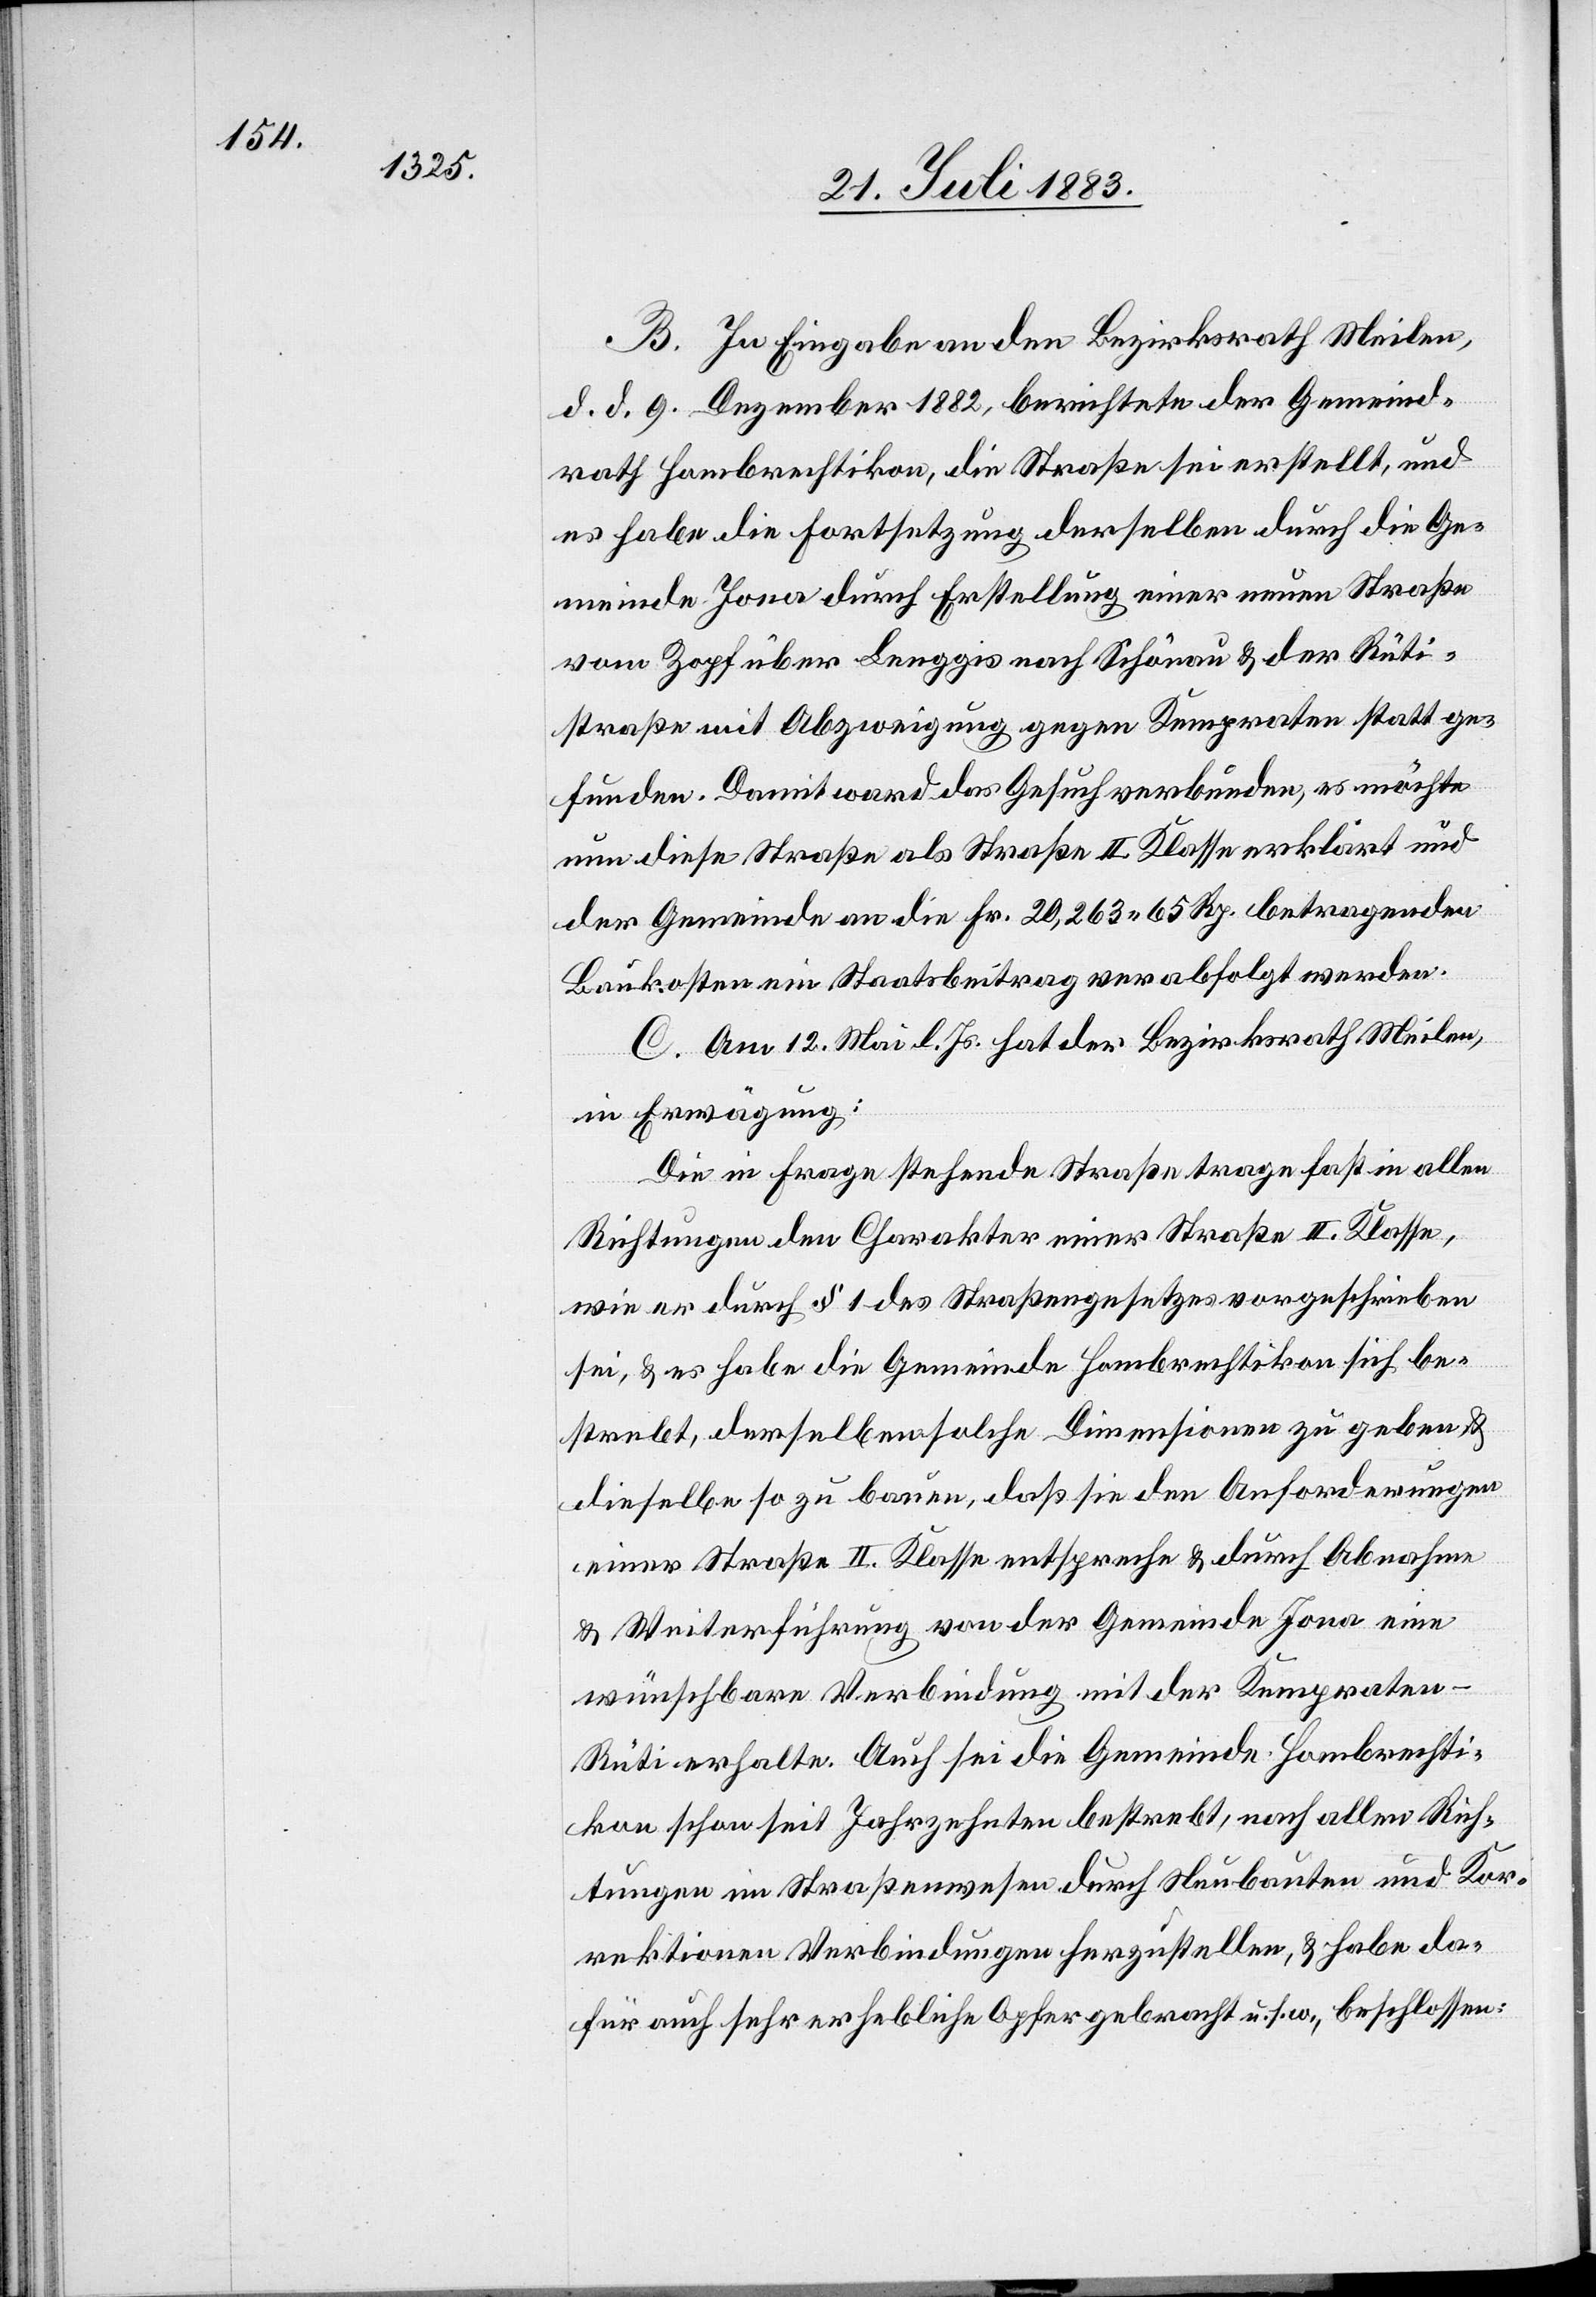
B. In Eingabe an den Bezirksrath Meilen,
d. d. 9. Dezember 1882, berichtete der Gemeind¬
rath Hombrechtikon, die Straße sei erstellt, und
es habe die Fortsetzung derselben durch die Ge¬
meinde Jona durch Erstellung einer neuen Straße
vom Zopf über Lenggis nach Schönau & der Rüti¬
straße mit Abzweigung gegen Kempraten statt ge¬
funden. Damit ward das Gesuch verbunden, es möchte
nun diese Straße als Straße II. Klasse erklärt und
der Gemeinde an die Fr. 20,263 65 Rp. betragenden
Baukosten ein Staatsbeitrag verabfolgt werden.
C. Am 12. Mai l. Js. hat der Bezirksrath Meilen,
in Erwägung:
Die in Frage stehende Straße trage fast in allen
Richtungen den Charakter einer Straße II. Klasse,
wie er durch § 1 des Straßengesetzes vorgeschrieben
sei, & es habe die Gemeinde Hombrechtikon sich be¬
strebt, derselben solche Dimensionen zu geben &
dieselbe so zu bauen, daß sie den Anforderungen
einer Straße II. Klasse entspreche & durch Abnahme
& Weiterführung von der Gemeinde Jona eine
wünschbare Verbindung mit der Kempraten–Rüti
erhalte. Auch sei die Gemeinde Hombrechti¬
kon schon seit Jahrzehnten bestrebt, nach allen Rich¬
tungen im Straßenwesen durch Neubauten und Kor¬
rektionen Verbindungen herzustellen, & habe da¬
für auch sehr erhebliche Opfer gebracht u. s. w., beschlossen: